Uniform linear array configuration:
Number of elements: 8
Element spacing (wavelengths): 1
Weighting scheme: blackman
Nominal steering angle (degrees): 0
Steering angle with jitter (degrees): -1.897
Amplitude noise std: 0.05
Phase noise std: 0.05

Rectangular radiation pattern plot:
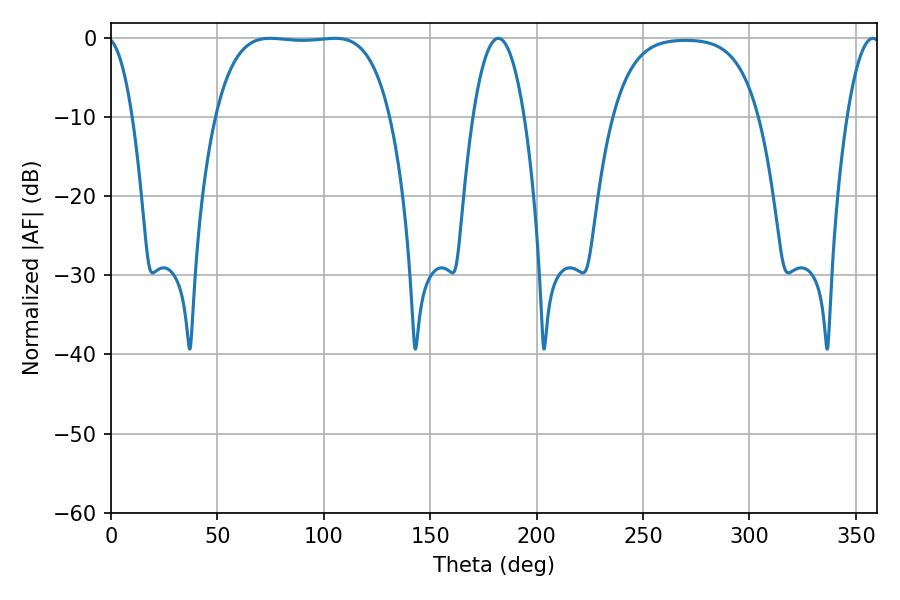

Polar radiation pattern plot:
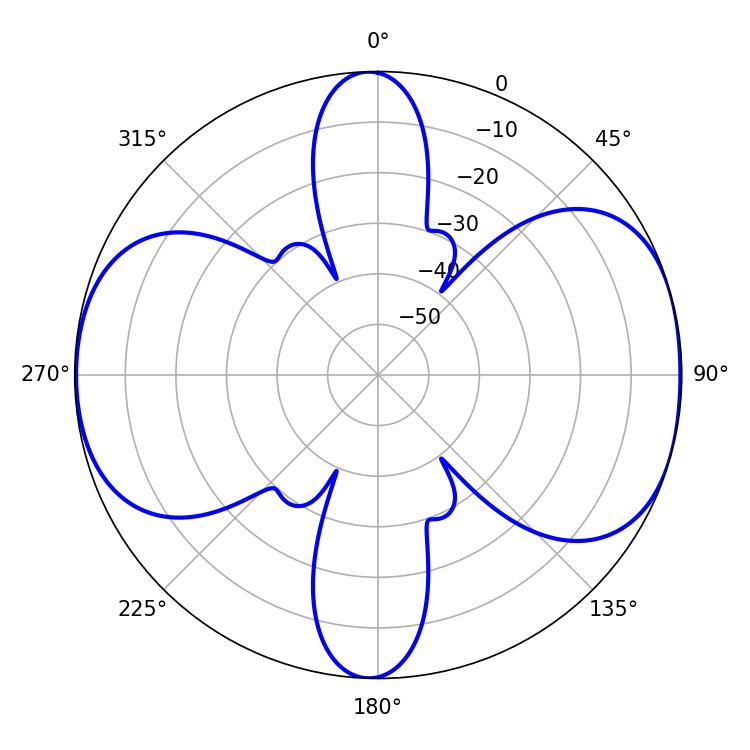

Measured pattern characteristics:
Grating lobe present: TRUE
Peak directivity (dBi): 8.676
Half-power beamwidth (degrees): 64.08
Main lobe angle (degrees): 74.88